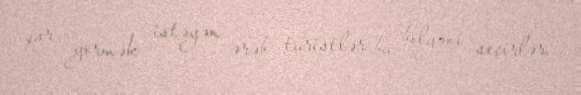
qar görmək istəyən ərəb turistlər bu bölgəni seçirlər.